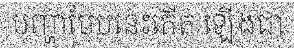
បញ្ហាបែបនេះកើត ឡើងជា